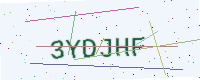
Text: 3YDJHF